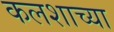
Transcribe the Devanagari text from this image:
कलशाच्या